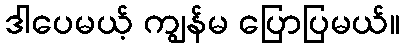
ဒါပေမယ့် ကျွန်မ ပြောပြမယ်။